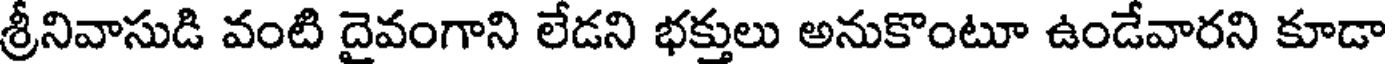
శ్రీనివాసుడి వంటి దైవంగాని లేడని భక్తులు అనుకొంటూ ఉండేవారని కూడా